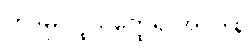
ကဒမ္ပပုပ္ဖိယတ္ထေရ အပဒါန